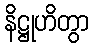
နိဋ္ဌုဟိတွာ